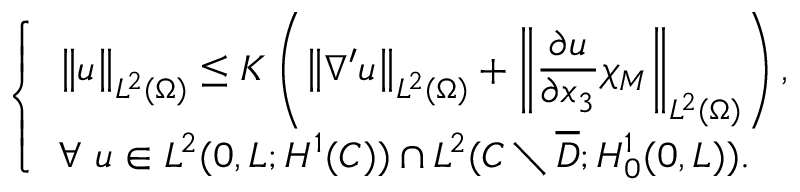
\left\{ \begin{array} { l l } { \displaystyle \left\| u \right\| _ { L ^ { 2 } ( \Omega ) } \leq K \left( \left\| \nabla ^ { \prime } u \right\| _ { L ^ { 2 } ( \Omega ) } + \left\| \frac { \partial u } { \partial x _ { 3 } } \chi _ { M } \right\| _ { L ^ { 2 } ( \Omega ) } \right) , } \\ { \forall \, \, u \in L ^ { 2 } ( 0 , L ; H ^ { 1 } ( C ) ) \cap L ^ { 2 } ( C \setminus \overline { D } ; H _ { 0 } ^ { 1 } ( 0 , L ) ) . } \end{array} \right.